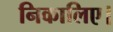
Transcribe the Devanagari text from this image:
निकालिए।